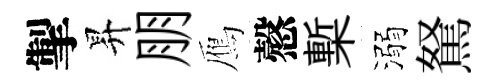
掣昇朋鴈慤槧溺駑